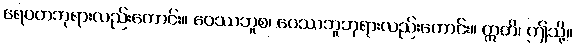
ရေဝတဘုရားလည်းကောင်း။ ဝေဿဘူစ၊ ဝေဿဘူဘုရားလည်းကောင်း။ ဣတိ၊ ဤသို့။